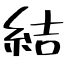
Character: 結